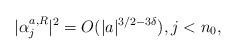
LaTeX: \begin{align*}|\alpha_{j}^{a,R}|^2=O(|a|^{3/2-3\delta}),j<n_0,\end{align*}